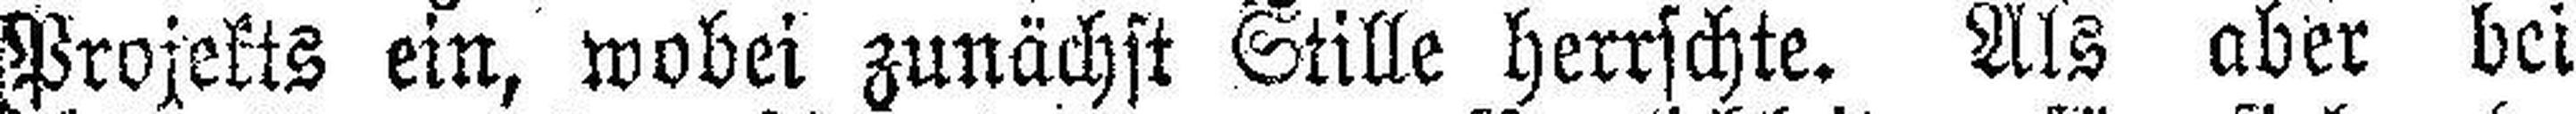
Projekts ein, wobei zunächst Stille herrschte. Als aber bei